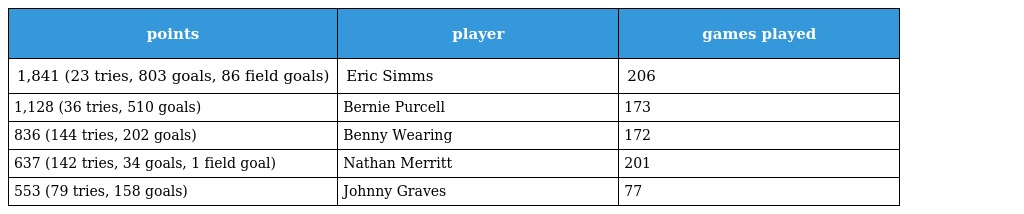
| points | player | games played |
 | --- | --- | --- |
 | 1,841 (23 tries, 803 goals, 86 field goals) | Eric Simms | 206 |
 | 1,128 (36 tries, 510 goals) | Bernie Purcell | 173 |
 | 836 (144 tries, 202 goals) | Benny Wearing | 172 |
 | 637 (142 tries, 34 goals, 1 field goal) | Nathan Merritt | 201 |
 | 553 (79 tries, 158 goals) | Johnny Graves | 77 |